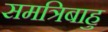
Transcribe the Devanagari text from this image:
समत्रिबाहु